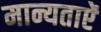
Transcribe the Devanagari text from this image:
मान्यताऐं